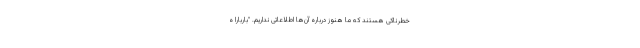
خطرناکی هستند که ما هنوز درباره آن‌ها اطلاعاتی نداریم. "باربارا ه